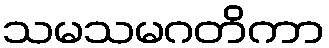
သမသမဂတိကာ